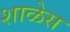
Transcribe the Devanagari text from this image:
शाळेस